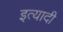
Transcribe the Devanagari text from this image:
इत्यादी